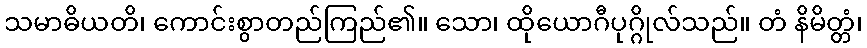
သမာဓိယတိ၊ ကောင်းစွာတည်ကြည်၏။ သော၊ ထိုယောဂီပုဂ္ဂိုလ်သည်။ တံ နိမိတ္တံ၊